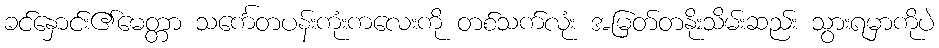
ခင်နှောင်း၏မေတ္တာ သင်္ကေတပန်းကုံးကလေးကို တစ်သက်လုံး အမြတ်တနိုးသိမ်းဆည်း သွားရမှာကိုပဲ